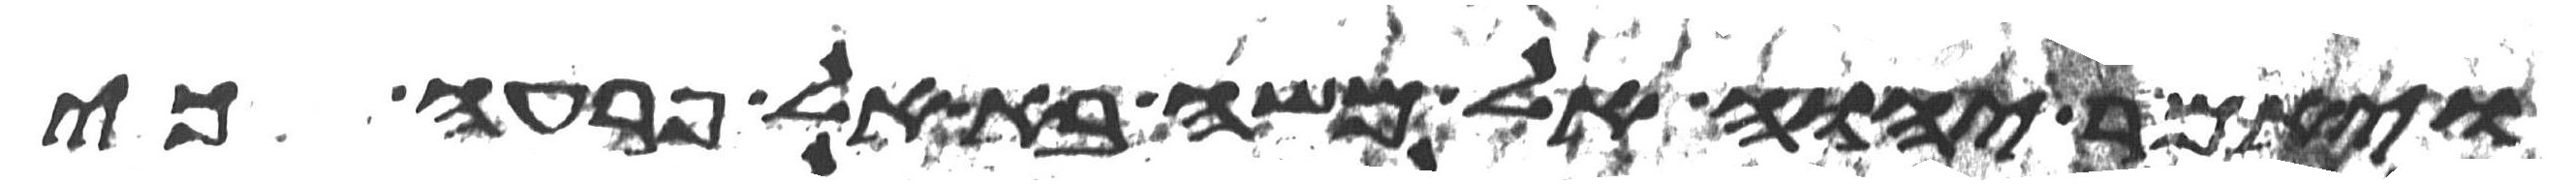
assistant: ויאמר יהוה אל משה בא אל פרעה כי